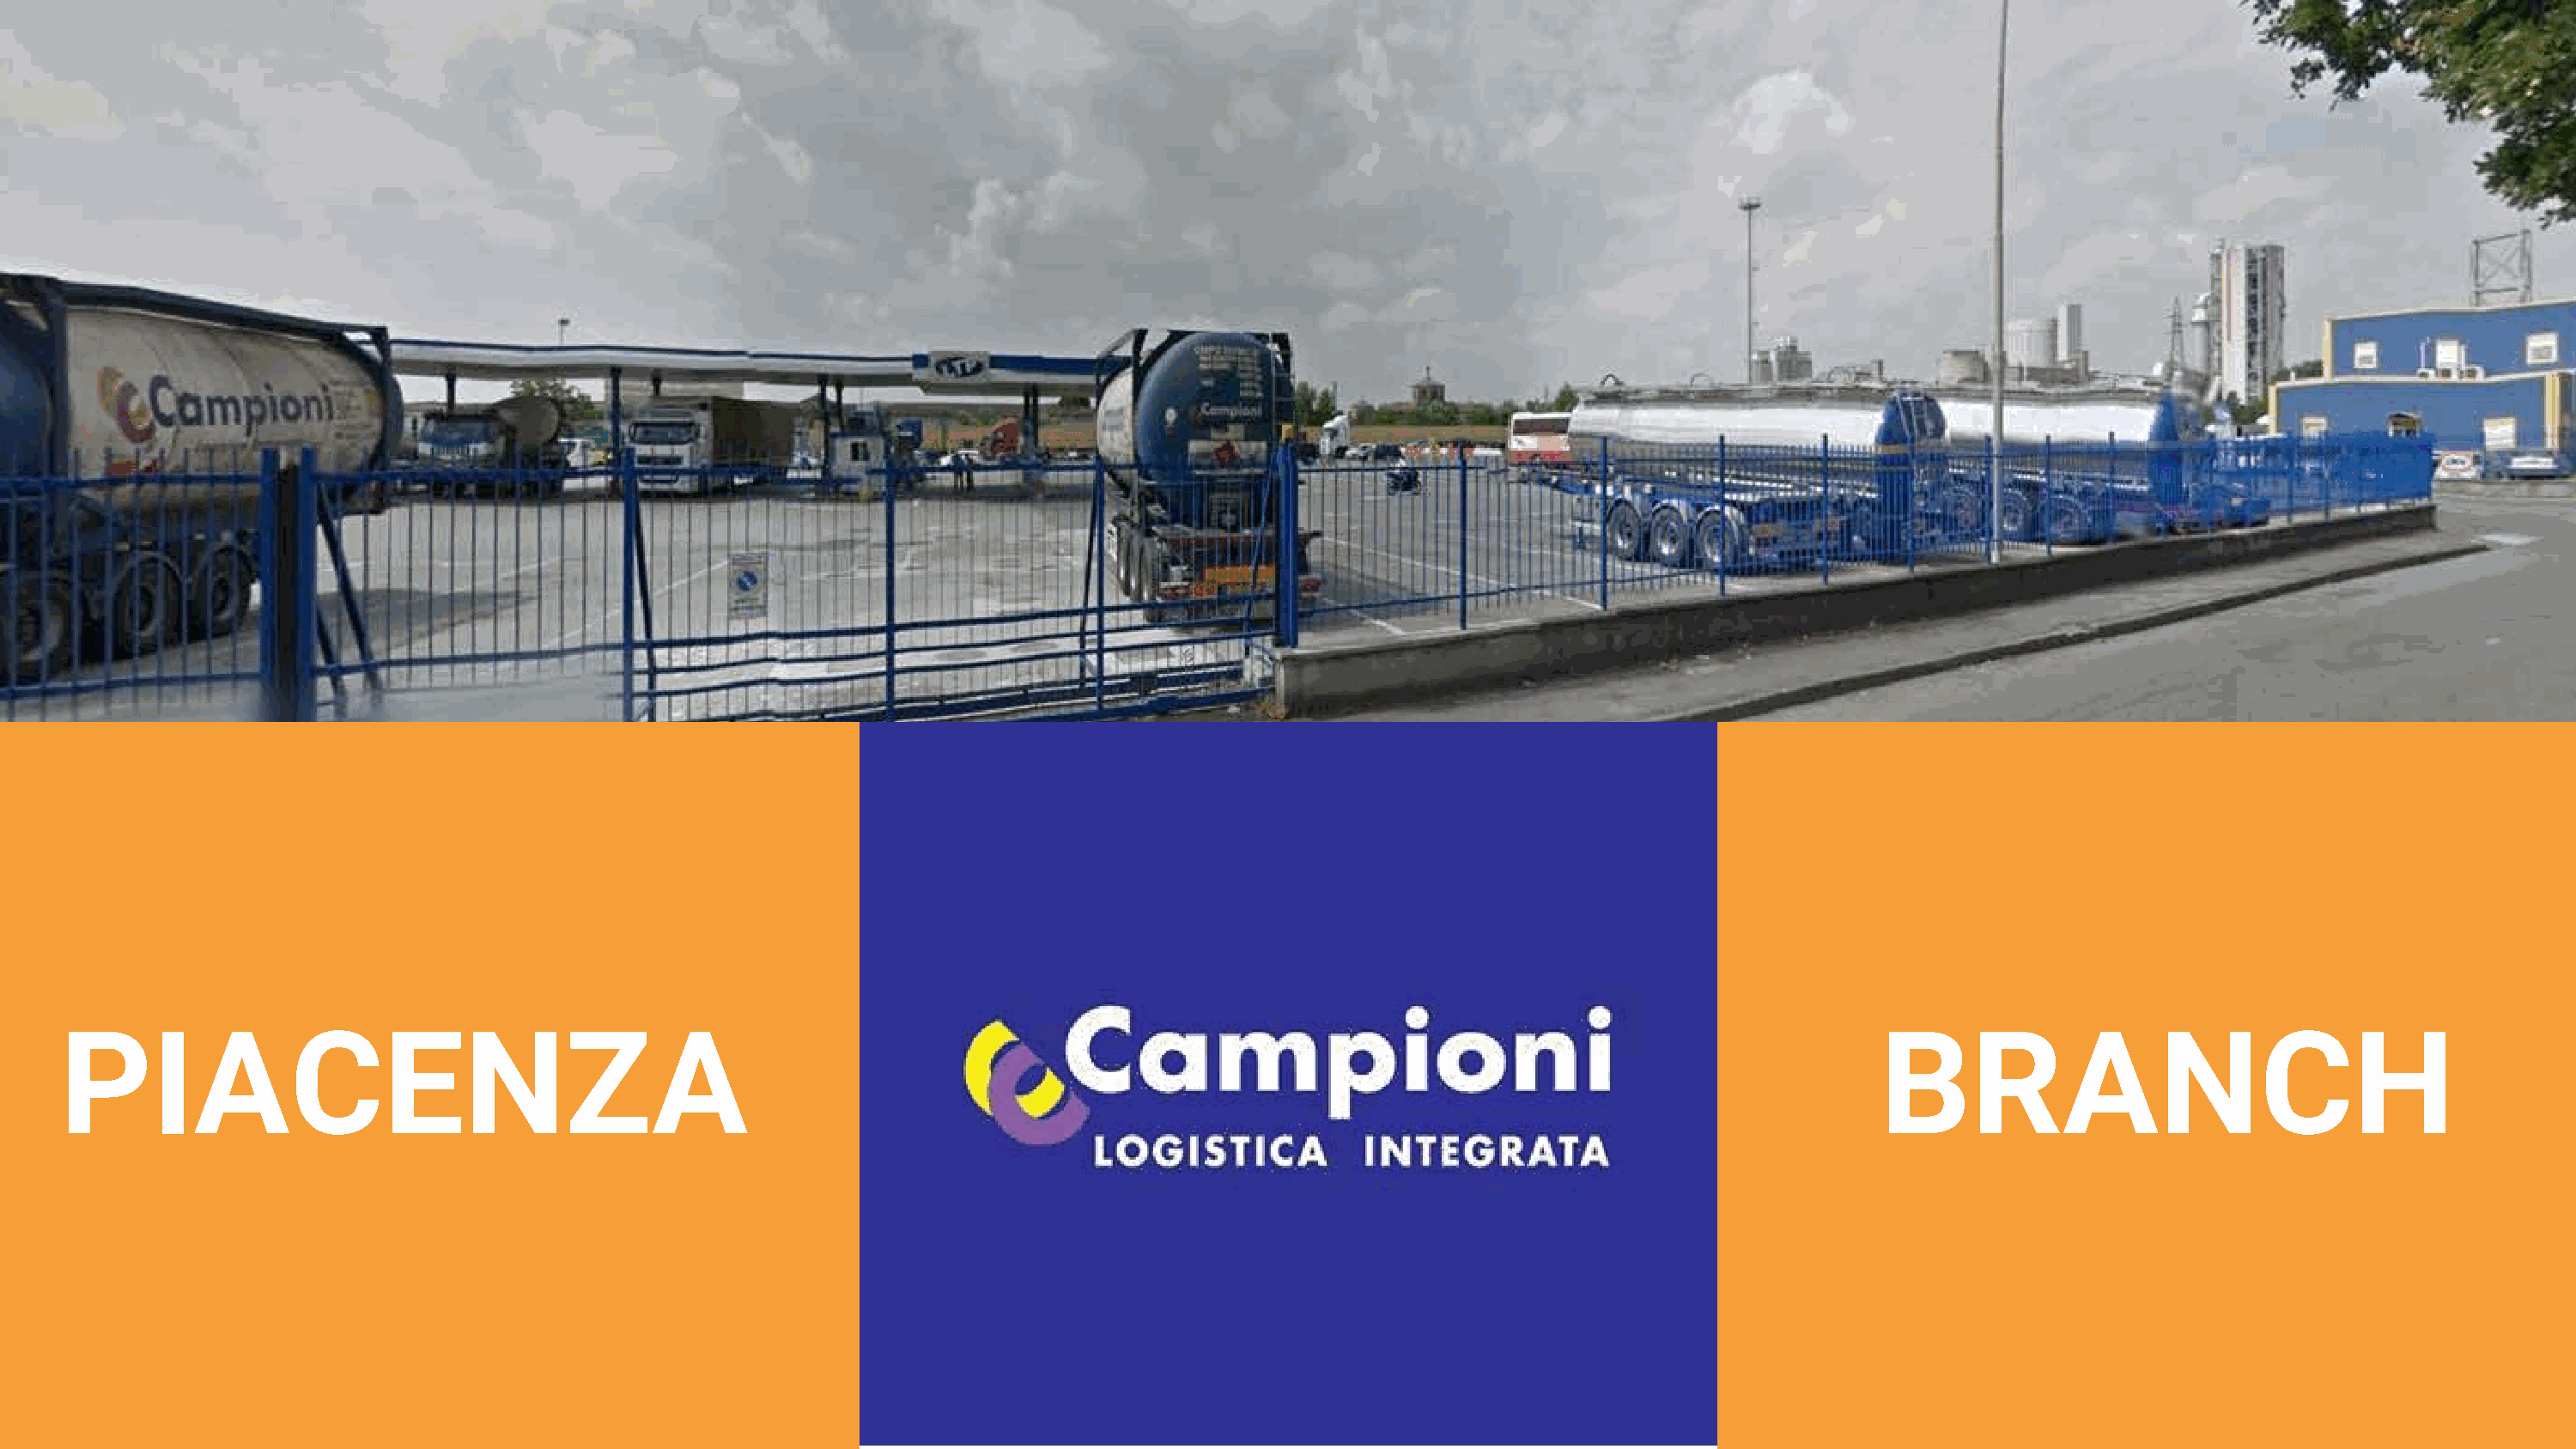
PIACENZA                                                                                                                                    BRANCH